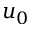
u _ { 0 }